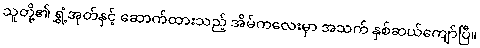
သူတို့၏ ရွှံ့အုတ်နှင့် ဆောက်ထားသည့် အိမ်ကလေးမှာ အသက် နှစ်ဆယ်ကျော်ပြီ။